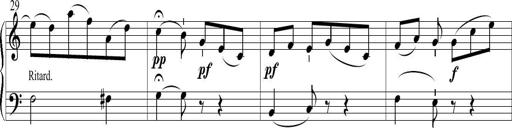
Title: 6 Leichte Sonatinen, Teil 1
Composer: F. Sigismund Sander